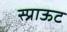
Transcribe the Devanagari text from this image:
स्प्राऊट